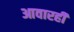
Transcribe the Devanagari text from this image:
आवारही